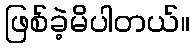
ဖြစ်ခဲ့မိပါတယ်။